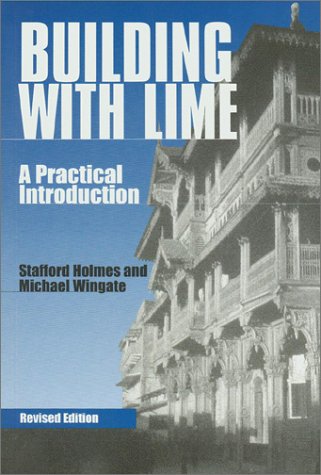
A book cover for Building with Lime: A Practical Introduction; Stafford Holmes; Arts & Photography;